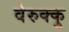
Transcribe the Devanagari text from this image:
वेरुक्कु